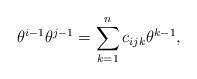
LaTeX: \begin{align*}\theta^{i-1}\theta^{j-1}=\sum_{k=1}^{n}c_{ijk}\theta^{k-1},\end{align*}